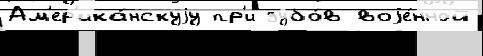
Ам'ер'ика́нскуjу пр'и зубо́в воjе́нной